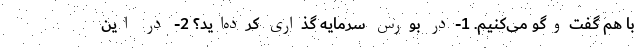
با هم گفت‌وگو می‌کنیم. 1-در بورس سرمایه گذاری کرده‌اید؟ 2- در این